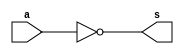
//-------------------------------------
//Extra0011 - Complemento de 1 com 1 byte
//Nome: Thaise Souto Martins
//Matrcula: 395504
//-------------------------------------

//--------------
//-- complement
//--------------

module complement(output[7:0]s, input[7:0]a);
	assign s = ~a;
endmodule //complement

module test_complement;
	//--------------definir dados
	reg[7:0]a;
	wire[7:0]b;
	
	//instancia
	complement comp1(b,a);	


	//parte principal
	initial begin
		a = 8'b00000000;
		$display("Extra0011 - Thaise Souto Martins - 395504");
		$display("Complemento de 1 - 1 byte");
		$display("\nb = ~a\n");
		$monitor("%8b = %8b",b,a);
		#1 a = 1;
		#1 a = 2;
		#1 a = 3;
		#1 a = 4;
		#1 a = 5;
		#1 a = 6;
		#1 a = 7;
		#1 a = 8;
		#1 a = 9;
		#1 a = 10;
		#1 a = 255;
	end
endmodule //test_complement